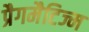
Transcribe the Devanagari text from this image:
प्रैगमैटिज्म